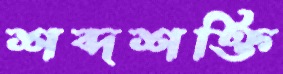
শব্দশক্তি